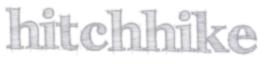
hitchhike